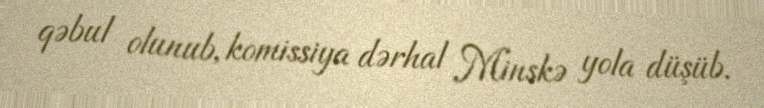
qəbul olunub, komissiya dərhal Minskə yola düşüb.